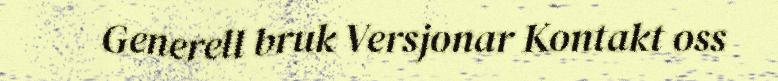
Generell bruk Versjonar Kontakt oss